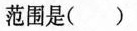
范围是( )